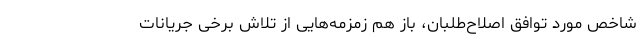
شاخص مورد توافق اصلاح‌طلبان، باز هم زمزمه‌هایی از تلاش برخی جریانات